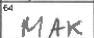
Transcription: MAK